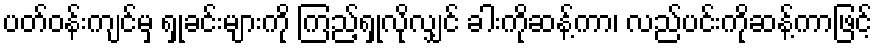
ပတ်ဝန်းကျင်မှ ရှုခင်းများကို ကြည့်ရှုလိုလျှင် ခါးကိုဆန့်ကာ၊ လည်ပင်းကိုဆန့်ကာဖြင့်